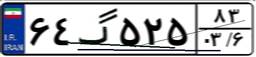
۶۴گ۵۲۵۸۳